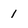
Character: 1